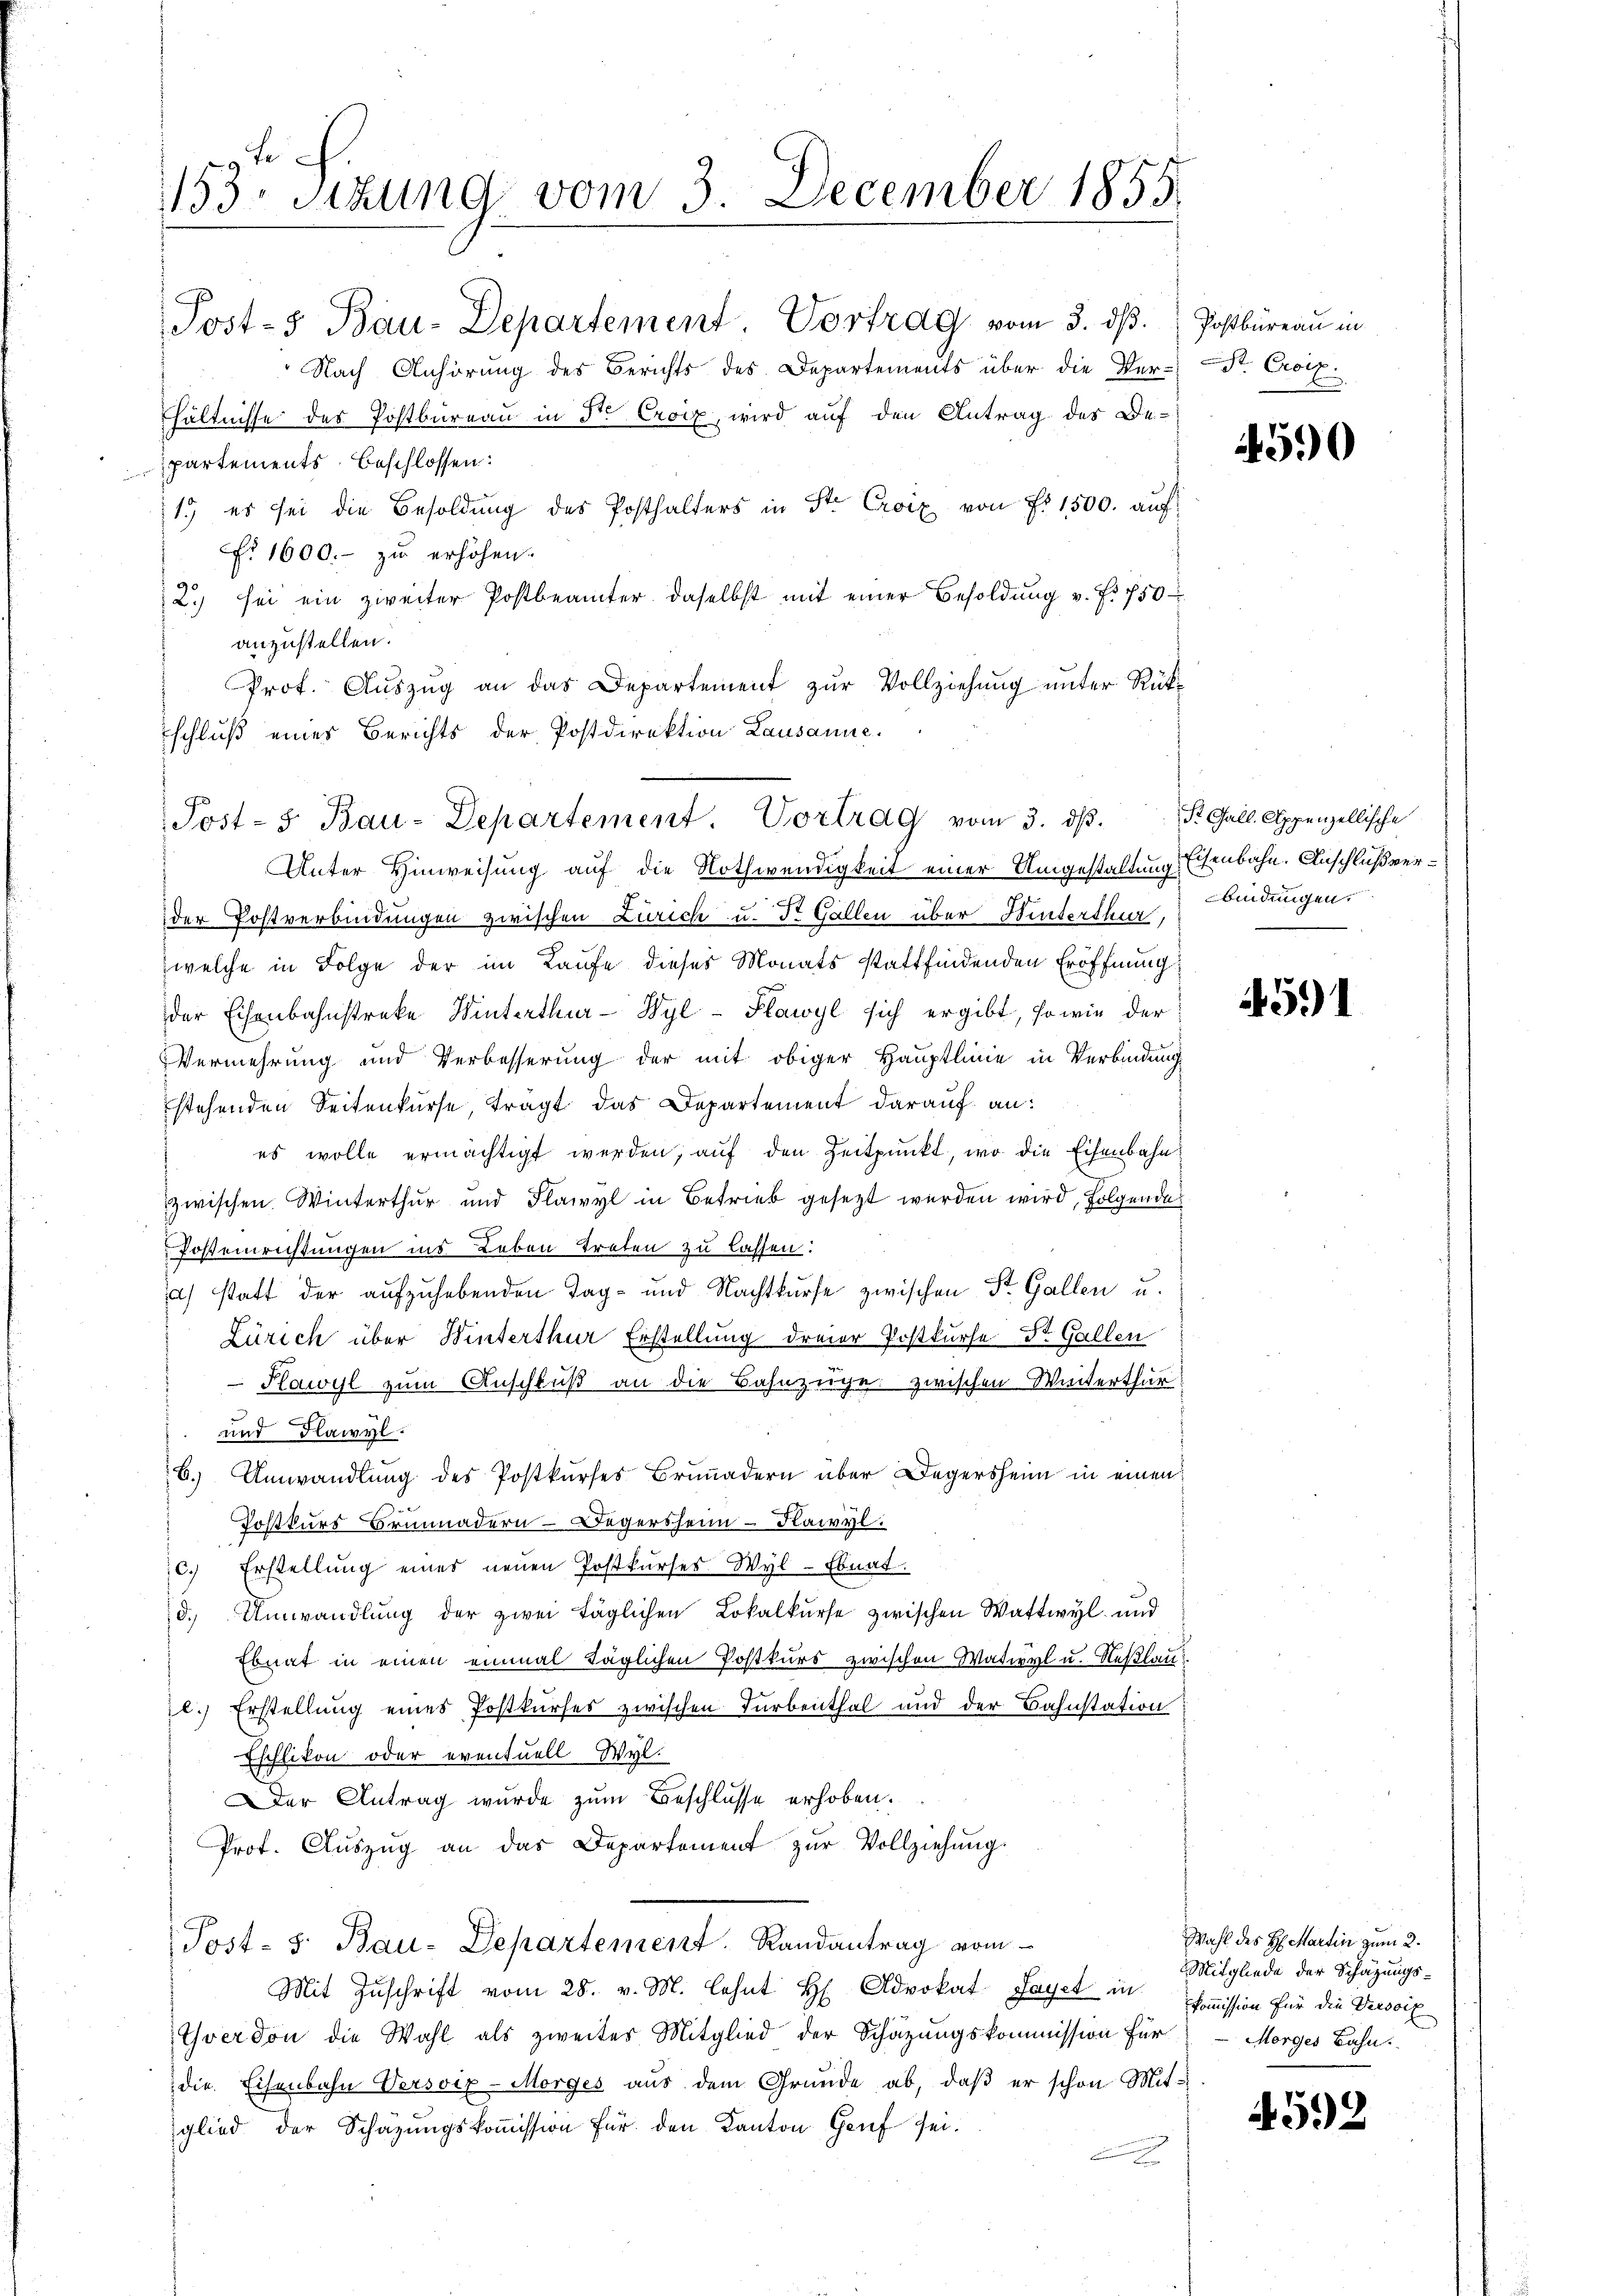
153. Sizung vom 3. December 1855.

Post-5 Bau-Departement Vortrag vom 3. dß. Postbüreau in
Nach Anhörung des Berichts des Departements über die Ver-
hältnisse des Postbüreaŭ in St. Croix, wird auf den Antrag des Be-
partements Beschlossen:
1. es sei die Besoldŭng des Posthalters in St. Croix von Fr. 1500. auch
No 1600.- zŭ erhöhen.
2.) sei ein zweiter Postbeamter daselbst mit einer Besoldung v. Fr. 750
anzustellen.
Prof. Auszug an das Departement zur Vollziehung unter Rückschluß eines Berichts der Postdirektion Lausanne.
Unter Hinweisung auf die Nothwendigkeit einer Umgestaltung Eisenbahn. Anschluß verder Postverbindungen zwischen Zürich u. St. Gallen über Hinterthur,
welche in Folge der im Laufe dieses Monats stattfindenden Eröffnung
der Eisenbahnstreke Winterthur-Wyl-Plawyl sich ergibt, sowie der
Vermehrung und Verbesserung der mit obiger Hauptlinie in Verbindung
stehenden Seitenkurse, trägt das Departement darauf an:
es wolle ermächtigt werden, auf den Zeitpunkt, wo die Eisenbahnzwischen Winterthur und Flawyl in Betrieb gesezt werden wird, folgende
Postenrichtungen ins Leben treten zu lassen:
) statt der aufzuhebenden Tag- und Nachtkurse zwischen St. Gallen u.
Zürich über Winterthur Erstellung dreier Postkurse Dr. Gallen
Hawyl zum Anschluß an die Bahnzüge zwischen Winterthur
und Flawyl.
b. Umwandlung des Postkurses Brunadern über Degersheim in einen
Postkurs Brünnadern - Degersheim - Kawyl:
c.) Erstellung eines neuen Postkurses Wyl-Ebnat.
d. Umwandlŭng der zwei täglichen Lokalkurse zwischen Wattwyl und
Ebnat in einen einmal täglichen Postkurs zwischen Watival u. Neßlau
c.) Erstellung eines Postkurses zwischen Farbenthal und der Bahnstation
Eschlikon oder eventuell Wyl.
Der Antrag wurde zum Beschlüsse erhoben.
Prot. Aŭszŭg an das Departement zŭr Vollziehŭng.
Post- 5. Bau-Departement. Randantrag vom
Mit Zuschrift vom 28. v. M. lehnt H. Advokat Payet in Commission für die Presoix
Yverdon die Wahl als zweites Mitglied der Schazungskommission für
die Eisenbahn Versoix-Morges aus dem Grunde ab, daβ er schon Mit-
glied der Schazungskommission für den Kanton Genf seic

Post- & Bau-Departement. Vortrag vom 3. dβ. P. Gall. Appenzellische

St. Croix.

4590

bindungen.

4591

Wahl des H. Martin zum 2.
Mitgliede der Schazungs-
Morges Bahn.

4592